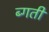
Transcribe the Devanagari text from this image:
ब्गती